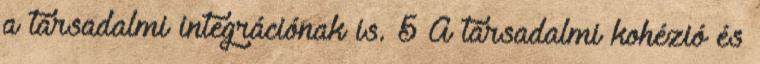
a társadalmi integrációnak is. 5 A társadalmi kohézió és